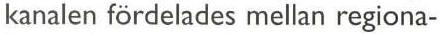
kanalen fördelades mellan regiona-